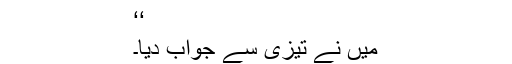
‘‘
میں نے تیزی سے جواب دیا۔